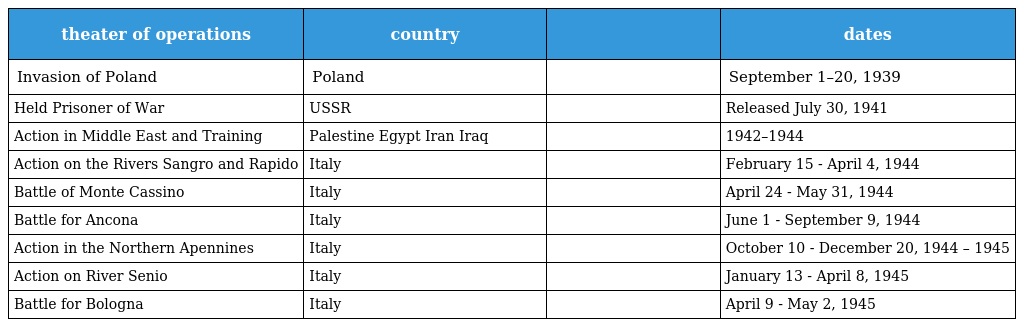
| theater of operations | country |  | dates |
 | --- | --- | --- | --- |
 | Invasion of Poland | Poland |  | September 1–20, 1939 |
 | Held Prisoner of War | USSR |  | Released July 30, 1941 |
 | Action in Middle East and Training | Palestine Egypt Iran Iraq |  | 1942–1944 |
 | Action on the Rivers Sangro and Rapido | Italy |  | February 15 - April 4, 1944 |
 | Battle of Monte Cassino | Italy |  | April 24 - May 31, 1944 |
 | Battle for Ancona | Italy |  | June 1 - September 9, 1944 |
 | Action in the Northern Apennines | Italy |  | October 10 - December 20, 1944 – 1945 |
 | Action on River Senio | Italy |  | January 13 - April 8, 1945 |
 | Battle for Bologna | Italy |  | April 9 - May 2, 1945 |